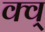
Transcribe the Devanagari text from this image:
क्व्